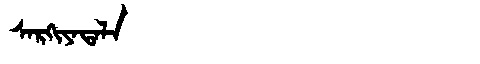
Manchu: ᠰᠠᡵᡴᡳᠶᠠᡨᠠᠯᠠ
Romanization: SARKIYATALA